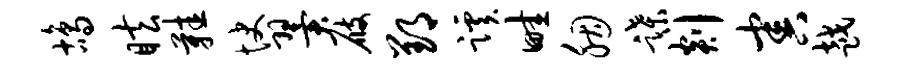
鸪眩鞋快翼屐郢蹊畦胭蹀剡害越